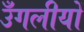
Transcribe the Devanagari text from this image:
उँगलीयों